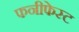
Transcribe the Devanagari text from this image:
फनीफेस्ट